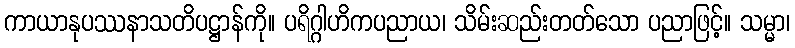
ကာယာနုပဿနာသတိပဋ္ဌာန်ကို။ ပရိဂ္ဂါဟိကပညာယ၊ သိမ်းဆည်းတတ်သော ပညာဖြင့်။ သမ္မာ၊